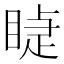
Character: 𥈤